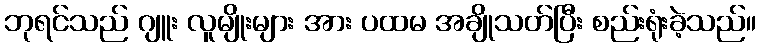
ဘုရင်သည် ဂျူး လူမျိုးများ အား ပထမ အချိုသတ်ပြီး စည်းရုံးခဲ့သည်။